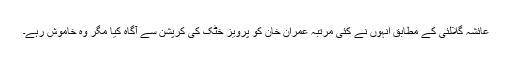
عائشہ گلالئی کے مطابق انہوں نے کئی مرتبہ عمران خان کو پرویز خٹک کی کرپشن سے آگاہ کیا مگر وہ خاموش رہے۔